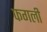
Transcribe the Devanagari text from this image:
फगली